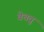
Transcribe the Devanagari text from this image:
वेचवुं